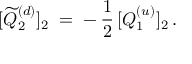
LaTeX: [ \widetilde { Q } _ { 2 } ^ { ( d ) } ] _ { 2 } \; = \; - \, \frac { 1 } { 2 } \, [ Q _ { 1 } ^ { ( u ) } ] _ { 2 } \, .